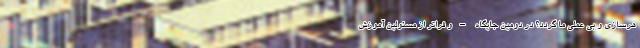
هرسازی و بی عملی ما گردد؟ در دومین جایگاه –و فراتر از مسئولین آموزش